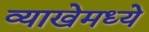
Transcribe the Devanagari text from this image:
व्याखेमध्ये